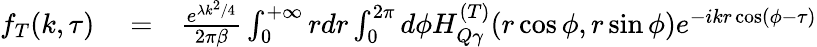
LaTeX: \begin{array}{rlr}{f_{T}(k,\tau)}&{{}=}&{\frac{e^{\lambda k^{2}/4}}{2\pi\beta}\int_{0}^{+\infty}rdr\int_{0}^{2\pi}d\phi H_{Q\gamma}^{(T)}(r\cos\phi,r\sin\phi)e^{-ikr\cos(\phi-\tau)}}\end{array}